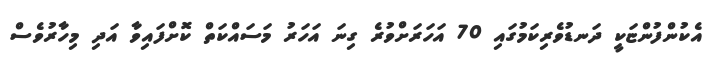
އެކުންފުންޏަކީ ދަނޑުވެރިކަމުގައި 70 އަހަރަށްވުރެ ގިނަ އަހަރު މަސައްކަތް ކޮށްފައިވާ އަދި މިހާރުވެސް